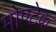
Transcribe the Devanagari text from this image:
मोण्टेक